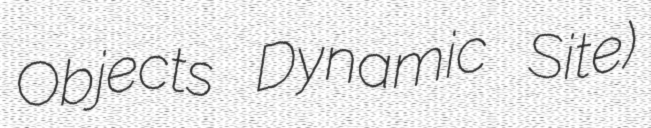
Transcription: Objects Dynamic Site)